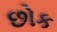
છોક